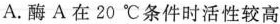
A.酶A在20℃条件时活性较高